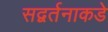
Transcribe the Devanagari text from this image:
सद्वर्तनाकडे